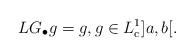
LaTeX: \begin{align*} LG_\bullet g=g,g\in L_{\mathrm{c}}^1]a,b[. \end{align*}